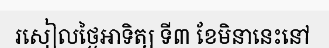
រសៀលថ្ងៃអាទិត្យ ទី៣ ខែមិនានេះនៅ